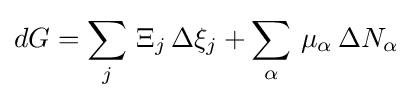
dG=\sum _{j}\,\Xi _{j}\,\Delta \xi _{j}+\sum _{\alpha }\,\mu _{\alpha }\,\Delta N_{\alpha }